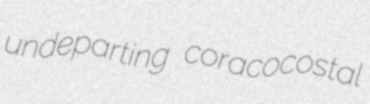
undeparting coracocostal